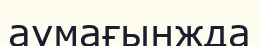
аумағынжда